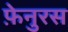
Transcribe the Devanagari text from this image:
फ़ेनुरस